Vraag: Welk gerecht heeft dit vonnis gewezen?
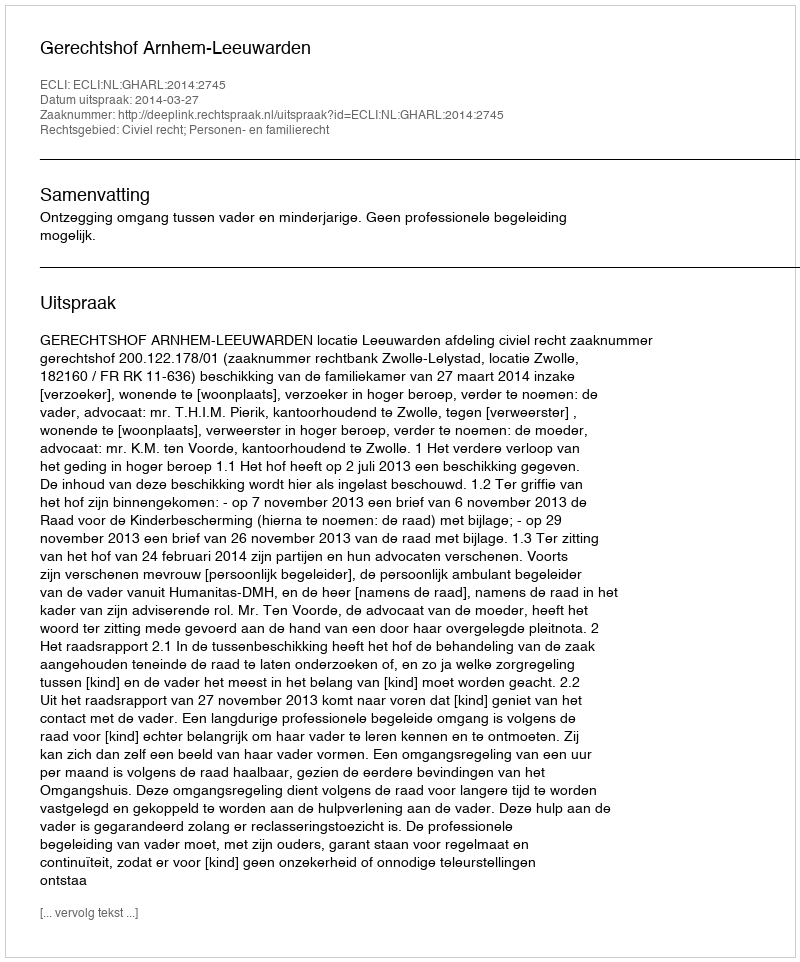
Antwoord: Gerechtshof Arnhem-Leeuwarden